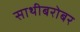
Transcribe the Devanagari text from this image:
साथीबरोबर